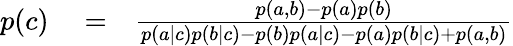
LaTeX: \begin{array}{rlr}{p(c)}&{{}=}&{\frac{p(a,b)-p(a)p(b)}{p(a|c)p(b|c)-p(b)p(a|c)-p(a)p(b|c)+p(a,b)}}\end{array}